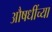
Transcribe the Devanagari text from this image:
औषधींच्या